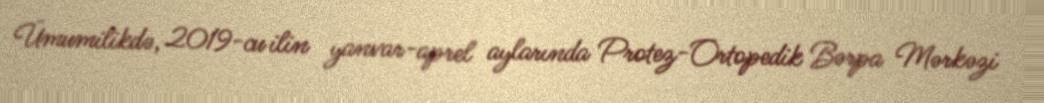
Ümumilikdə, 2019-cu ilin yanvar-aprel aylarında Protez-Ortopedik Bərpa Mərkəzi